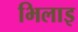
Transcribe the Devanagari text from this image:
भिलाइ